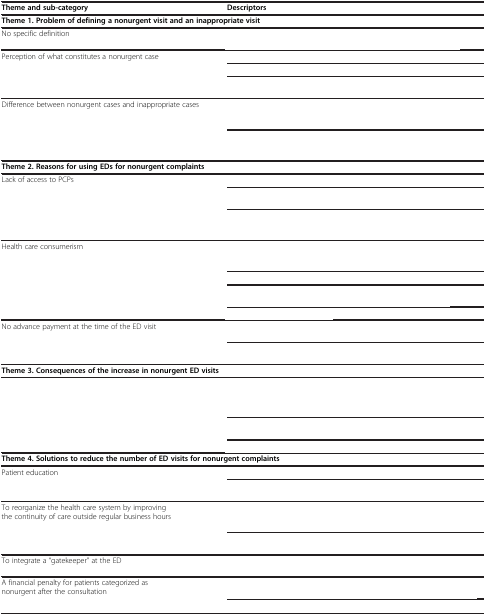
<table><thead><tr><td><b>Theme and sub-category</b></td><td><b>Descriptors</b></td></tr></thead><tbody><tr><td colspan="2"><b>Theme 1. Problem of defining a nonurgent visit and an inappropriate visit</b></td></tr><tr><td>No specific definition</td><td>[EMPTY_CELL]</td></tr><tr><td>Perception of what constitutes a nonurgent case</td><td>[EMPTY_CELL]</td></tr><tr><td>[EMPTY_CELL]</td><td>[EMPTY_CELL]</td></tr><tr><td>[EMPTY_CELL]</td><td>[EMPTY_CELL]</td></tr><tr><td>Difference between nonurgent cases and inappropriate cases</td><td>[EMPTY_CELL]</td></tr><tr><td>[EMPTY_CELL]</td><td>[EMPTY_CELL]</td></tr><tr><td>[EMPTY_CELL]</td><td>[EMPTY_CELL]</td></tr><tr><td colspan="2"><b>Theme 2. Reasons for using EDs for nonurgent complaints</b></td></tr><tr><td>Lack of access to PCPs</td><td>[EMPTY_CELL]</td></tr><tr><td>[EMPTY_CELL]</td><td>[EMPTY_CELL]</td></tr><tr><td>[EMPTY_CELL]</td><td>[EMPTY_CELL]</td></tr><tr><td>Health care consumerism</td><td>[EMPTY_CELL]</td></tr><tr><td>[EMPTY_CELL]</td><td>[EMPTY_CELL]</td></tr><tr><td>[EMPTY_CELL]</td><td>[EMPTY_CELL]</td></tr><tr><td>[EMPTY_CELL]</td><td>[EMPTY_CELL]</td></tr><tr><td>No advance payment at the time of the ED visit</td><td>[EMPTY_CELL]</td></tr><tr><td>[EMPTY_CELL]</td><td>[EMPTY_CELL]</td></tr><tr><td colspan="2"><b>Theme 3. Consequences of the increase in nonurgent ED visits</b></td></tr><tr><td>[EMPTY_CELL]</td><td>[EMPTY_CELL]</td></tr><tr><td>[EMPTY_CELL]</td><td>[EMPTY_CELL]</td></tr><tr><td>[EMPTY_CELL]</td><td>[EMPTY_CELL]</td></tr><tr><td colspan="2"><b>Theme 4. Solutions to reduce the number of ED visits for nonurgent complaints</b></td></tr><tr><td>Patient education</td><td>[EMPTY_CELL]</td></tr><tr><td>[EMPTY_CELL]</td><td>[EMPTY_CELL]</td></tr><tr><td>To reorganize the health care system by improving the continuity of care outside regular business hours</td><td>[EMPTY_CELL]</td></tr><tr><td>[EMPTY_CELL]</td><td>[EMPTY_CELL]</td></tr><tr><td>To integrate a “gatekeeper” at the ED</td><td>[EMPTY_CELL]</td></tr><tr><td>A financial penalty for patients categorized as nonurgent after the consultation</td><td>[EMPTY_CELL]</td></tr><tr><td>[EMPTY_CELL]</td><td>[EMPTY_CELL]</td></tr></tbody></table>